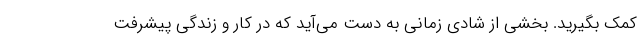
کمک بگیرید. بخشی از شادی زمانی به دست می‌آید که در کار و زندگی پیشرفت